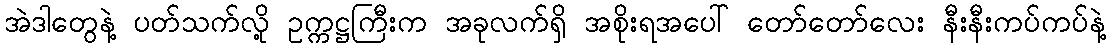
အဲဒါတွေနဲ့ ပတ်သက်လို့ ဥက္ကဋ္ဌကြီးက အခုလက်ရှိ အစိုးရအပေါ် တော်တော်လေး နီးနီးကပ်ကပ်နဲ့